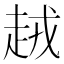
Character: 𧻪